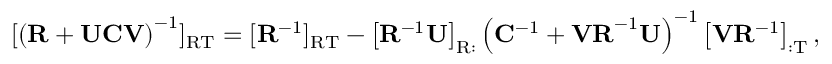
[ \left( \mathbf { R } + \mathbf { U C V } \right) ^ { - 1 } ] _ { \mathrm { R T } } = [ \mathbf { R } ^ { - 1 } ] _ { \mathrm { R T } } - \left[ \mathbf { R } ^ { - 1 } \mathbf { U } \right] _ { \mathrm { R : } } \left( \mathbf { C } ^ { - 1 } + \mathbf { V R } ^ { - 1 } \mathbf { U } \right) ^ { - 1 } \left[ \mathbf { V } \mathbf { R } ^ { - 1 } \right] _ { \mathrm { : T } } ,